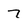
Character: 7